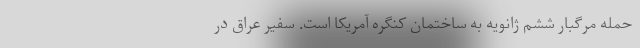
حمله مرگبار ششم ژانویه به ساختمان کنگره آمریکا است. سفیر عراق در